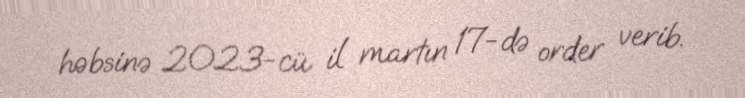
həbsinə 2023-cü il martın 17-də order verib.